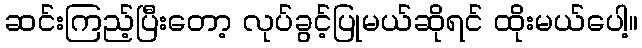
ဆင်းကြည့်ပြီးတော့ လုပ်ခွင့်ပြုမယ်ဆိုရင် ထိုးမယ်ပေါ့။